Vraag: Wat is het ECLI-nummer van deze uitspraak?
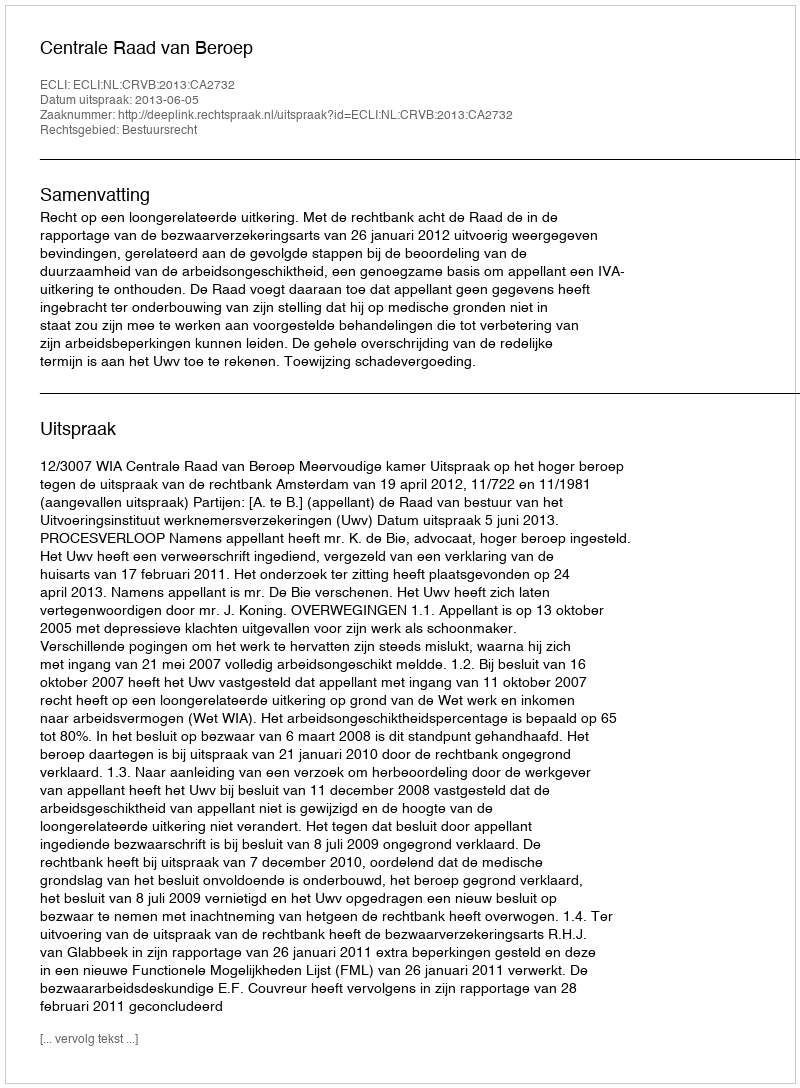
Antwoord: ECLI:NL:CRVB:2013:CA2732